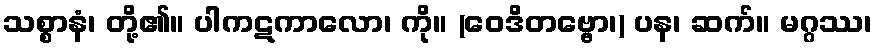
သစ္စာနံ၊ တို့၏။ ပါကဋကာလော၊ ကို။ (ဝေဒိတဗ္ဗော၊) ပန၊ ဆက်။ မဂ္ဂဿ၊